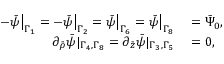
\begin{array} { r l } { - \bar { \psi } \big | _ { \Gamma _ { 1 } } = - \bar { \psi } \big | _ { \Gamma _ { 2 } } = \bar { \psi } \big | _ { \Gamma _ { 6 } } = \bar { \psi } \big | _ { \Gamma _ { 8 } } } & { { } = \bar { \Psi } _ { 0 } , } \\ { \partial _ { \bar { \rho } } \bar { \psi } | _ { \Gamma _ { 4 } , \Gamma _ { 8 } } = \partial _ { \bar { z } } \bar { \psi } | _ { \Gamma _ { 3 } , \Gamma _ { 5 } } } & { { } = 0 , } \end{array}